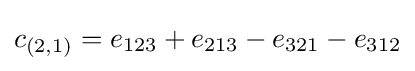
c_{(2,1)}=e_{123}+e_{213}-e_{321}-e_{312}